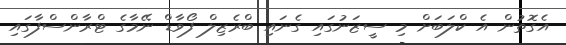
އެގޮތުން އެ ކްލަބަށް މި ސީޒަނުގައި ގެނައި ބްރެޒިލް ފޯވާޑް ނޭމާގެ ޓްރާންސްފާގައި